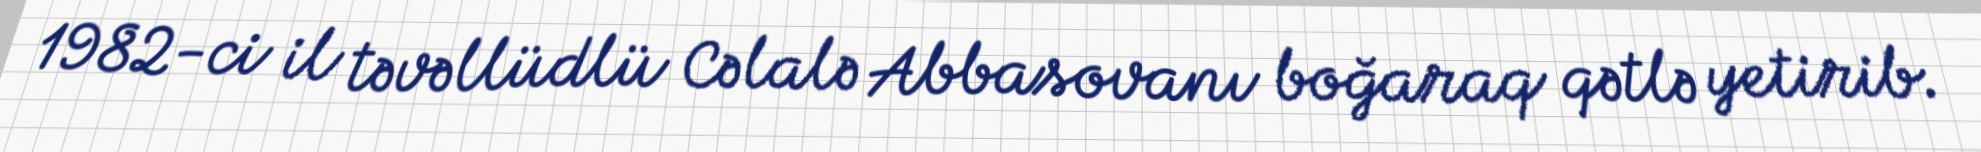
1982-ci il təvəllüdlü Cəlalə Abbasovanı boğaraq qətlə yetirib.